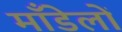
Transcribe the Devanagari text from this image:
माँडेलों